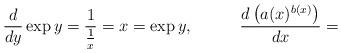
LaTeX: \begin{align*}\frac d{dy}\exp y = \frac 1{\frac 1x} = x = \exp y,\;\;\;\;\;\;\;\;\;\;\frac{d\left(a(x)^{b(x)}\right)}{dx} = \end{align*}